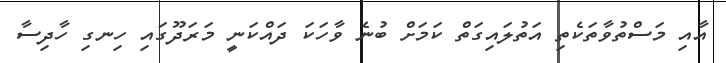
އާއި މަސްތުވާތަކެތި އަތުލައިގަތް ކަމަށް ބުނެ ވާހަކަ ދައްކަނީ މަރަދޫގައި ހިނގި ހާދިސާ